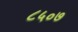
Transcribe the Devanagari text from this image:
८५०७